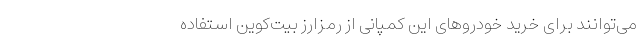
می‌توانند برای خرید خودروهای این کمپانی از رمزارز بیت‌کوین استفاده